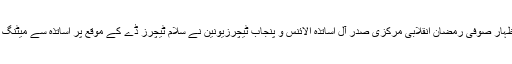
ان خیالات کا اظہار صوفی رمضان انقلابی مرکزی صدر آل اساتذہ الائنس و پنجاب ٹیچرزیونین نے سلام ٹیچرز ڈے کے موقع پر اساتذہ سے میٹنگ کے دوران کیا۔